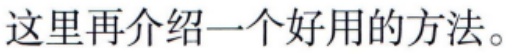
这里再介绍一个好用的方法。